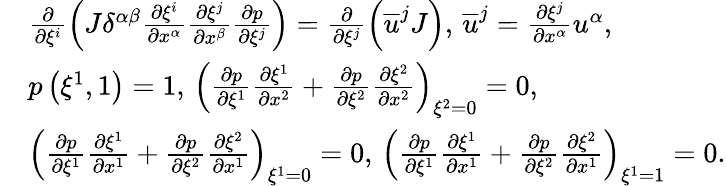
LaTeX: \begin{array}{rl}&{\frac{\partial}{\partial\xi^{i}}\left(J\delta^{\alpha\beta}\frac{\partial\xi^{i}}{\partial x^{\alpha}}\frac{\partial\xi^{j}}{\partial x^{\beta}}\frac{\partial p}{\partial\xi^{j}}\right)=\frac{\partial}{\partial\xi^{j}}\left(\overline{{u}}^{j}J\right),\, \overline{{u}}^{j}=\frac{\partial\xi^{j}}{\partial x^{\alpha}}u^{\alpha},}\\ &{p\left(\xi^{1},1\right)=1,\, \left(\frac{\partial p}{\partial\xi^{1}}\frac{\partial\xi^{1}}{\partial x^{2}}+\frac{\partial p}{\partial\xi^{2}}\frac{\partial\xi^{2}}{\partial x^{2}}\right)_{\xi^{2}=0}=0,}\\ &{\left(\frac{\partial p}{\partial\xi^{1}}\frac{\partial\xi^{1}}{\partial x^{1}}+\frac{\partial p}{\partial\xi^{2}}\frac{\partial\xi^{2}}{\partial x^{1}}\right)_{\xi^{1}=0}=0,\, \left(\frac{\partial p}{\partial\xi^{1}}\frac{\partial\xi^{1}}{\partial x^{1}}+\frac{\partial p}{\partial\xi^{2}}\frac{\partial\xi^{2}}{\partial x^{1}}\right)_{\xi^{1}=1}=0.}\end{array}